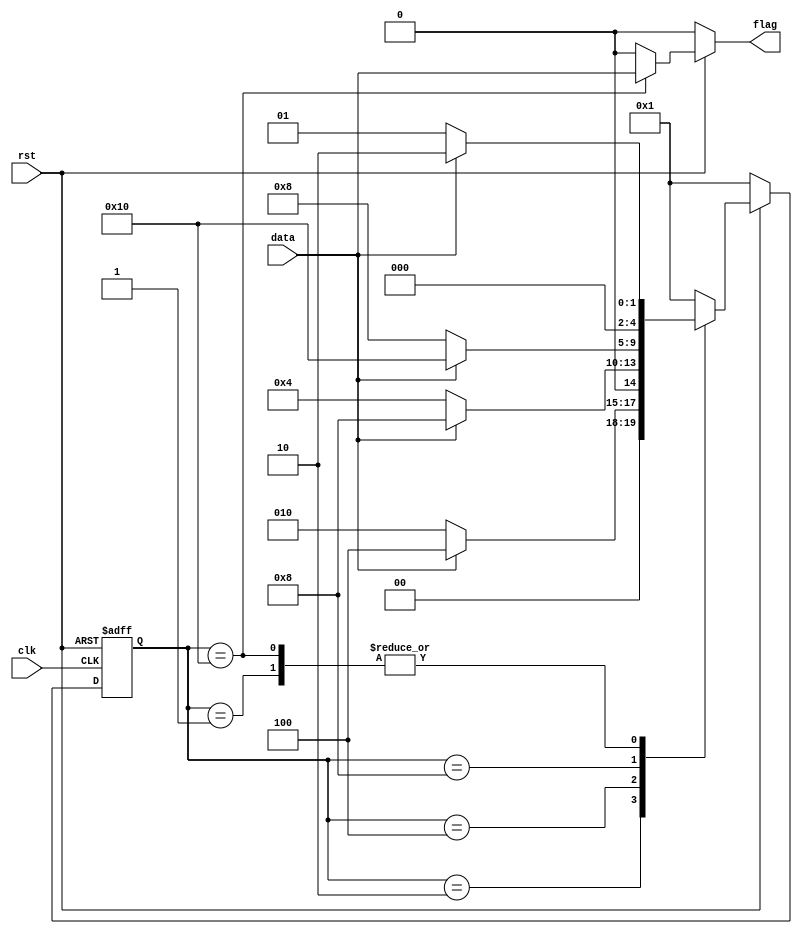
module fsm2(
    input wire clk  ,
    input wire rst  ,
    input wire data ,
    output reg flag
);

    parameter S0 = 5'b00001;
    parameter S1 = 5'b00010;
    parameter S2 = 5'b00100;
    parameter S3 = 5'b01000;
    parameter S4 = 5'b10000;
    reg [4:0] state, next;

    // main state
    always@(posedge clk or negedge rst) begin
        if(~rst)
            state <= S0;
        else
            state <= next;
    end
    // sub state and output flag
    always@(*) begin
        if(~rst) begin
            next <= S0;
            flag   <= 0;
        end
        else
            case(state)
                S0: begin
                    next <= data? S1: S0;
                    flag   <= 0;
                end
                S1: begin
                    next <= data? S2: S1;
                    flag   <= 0;
                end
                S2: begin
                    next <= data? S3: S2;
                    flag   <= 0;
                end
                S3: begin
                    next <= data? S4: S3;
                    flag   <= 0;
                end
                S4: begin
                    next <= data? S1: S0;
                    flag   <= data;
                end
                default: begin
                    next <= S0;
                    flag   <= 0;
                end
            endcase
    end
endmodule